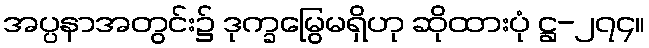
အပ္ပနာအတွင်း၌ ဒုက္ခမြွေမရှိဟု ဆိုထားပုံ ဋ္ဌ-၂၇၄။